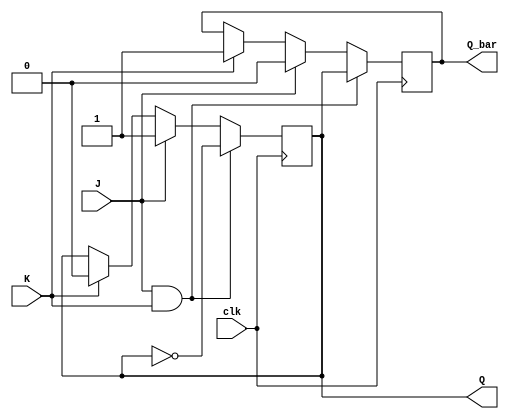
module jk_flip_flop (
    input clk, // clock input
    input J, // J input
    input K, // K input
    output reg Q, // Q output
    output reg Q_bar // Q' output
);

reg D1, D2;

// D flip-flops to store the intermediate values
always @(posedge clk) begin
    D1 <= J & ~Q_bar;
    D2 <= K & Q;
end

// additional logic gates to implement JK flip-flop functionality
always @(posedge clk) begin
    if (J && K) begin
        Q <= ~Q;
        Q_bar <= Q;
    end else if (J) begin
        Q <= 1;
        Q_bar <= 0;
    end else if (K) begin
        Q <= 0;
        Q_bar <= 1;
    end
end

endmodule